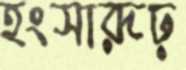
হংসারূঢ়